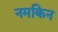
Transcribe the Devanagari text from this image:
नमकिन